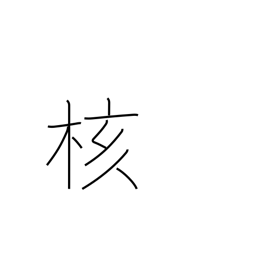
Meaning: core